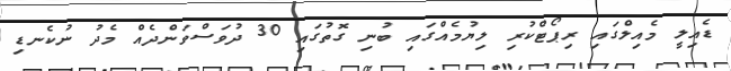
ޑެއިލީ މެއިލްގައި ރިޕޯޓްކުރި ލިޔުމެއްގައި ބުނި ގޮތުގައި 30 ދުވަސްވަންދެއް މެދު ނުކެނޑި